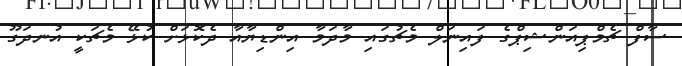
ސާފް ޗެމްޕިއަންޝިޕްގެ ފައިނަލް މެޗުގައި މާދަމާ އިންޑިޔާއާ ދެކޮޅަށް ކުޅޭ މެޗަކީ އުނދަގޫ